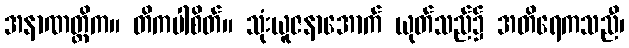
အနာဏတ္တိက။ တိကပါစိတ်။ သုံးယူဇနာအောက် ယုတ်သည်၌ အတိရေကသညီ၊